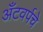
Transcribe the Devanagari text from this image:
अँटवर्पचे